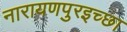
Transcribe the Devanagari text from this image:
नारायणपुरइच्छा